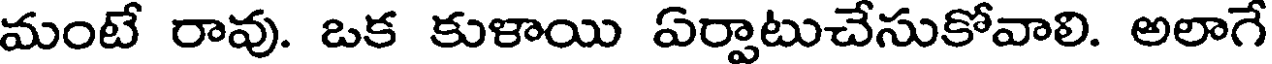
మంటే రావు. ఒక కుళాయి ఏర్పాటుచేసుకోవాలి. అలాగే